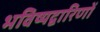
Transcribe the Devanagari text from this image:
भविष्यद्वारिणों